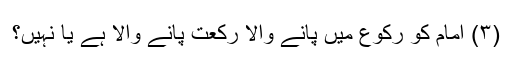
(۳) امام کو رکوع میں پانے والا رکعت پانے والا ہے یا نہیں؟